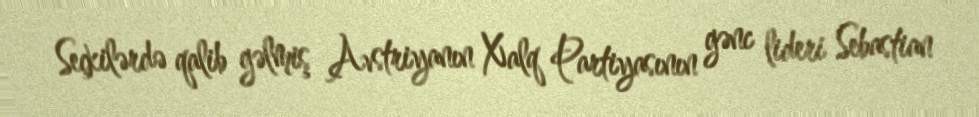
Seçkilərdə qalib gəlmiş Avstriyanın Xalq Partiyasının gənc lideri Sebastian